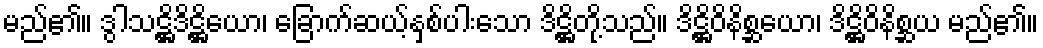
မည်၏။ ဒွါသဋ္ဌိဒိဋ္ဌိယော၊ ခြောက်ဆယ့်နှစ်ပါးသော ဒိဋ္ဌိတို့သည်။ ဒိဋ္ဌိဝိနိစ္ဆယော၊ ဒိဋ္ဌိဝိနိစ္ဆယ မည်၏။